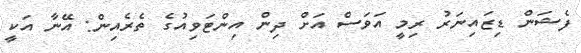
ފެޝަން ޑިޒައިނަރު ރިމީ އަވަސް އަށް ދިން އިންޓަވިއުގެ ތެރެއިން: އޭނާ އަކީ